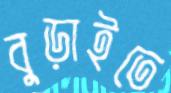
বুড়াইতে